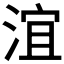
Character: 𣶺